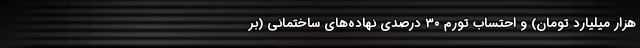
هزار میلیارد تومان) و احتساب تورم ۳۰ درصدی نهاده‌های ساختمانی (بر